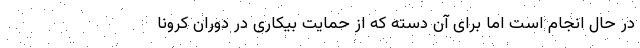
در حال انجام است اما برای آن دسته که از حمایت بیکاری در دوران کرونا